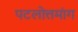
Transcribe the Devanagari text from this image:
पटलोत्तमांग